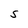
Character: S